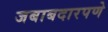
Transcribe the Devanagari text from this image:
जबाबदारपणे